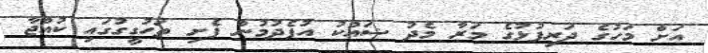
އަށް މަހުގެ ދަރިފުޅުގެ މަރާ މެދު ޝައްކު އުފެދުމުން ފެށި ތަހުގީގުގައި ކުއްޖާ